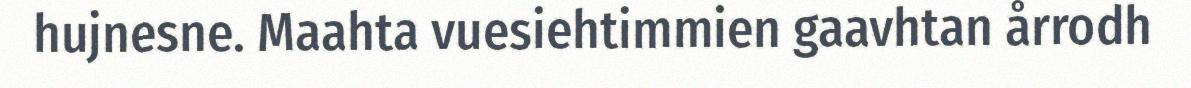
hujnesne. Maahta vuesiehtimmien gaavhtan årrodh